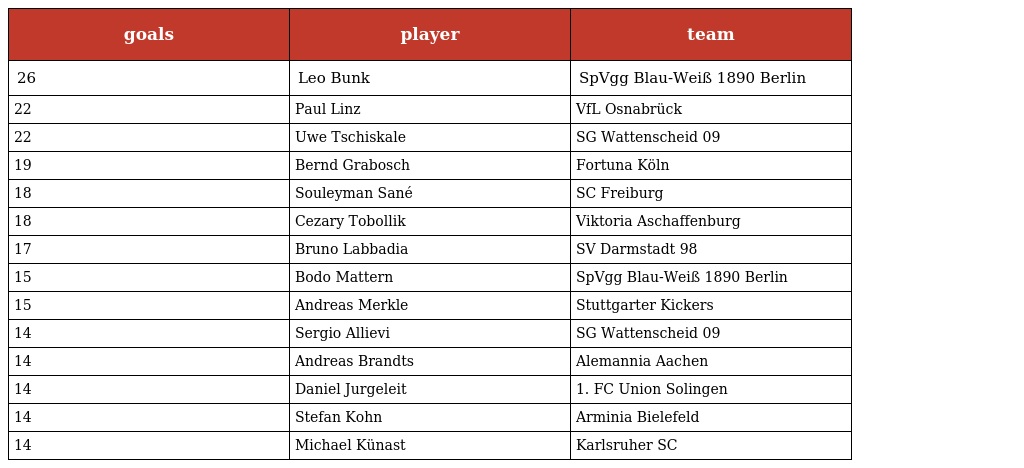
| goals | player | team |
 | --- | --- | --- |
 | 26 | Leo Bunk | SpVgg Blau-Weiß 1890 Berlin |
 | 22 | Paul Linz | VfL Osnabrück |
 | 22 | Uwe Tschiskale | SG Wattenscheid 09 |
 | 19 | Bernd Grabosch | Fortuna Köln |
 | 18 | Souleyman Sané | SC Freiburg |
 | 18 | Cezary Tobollik | Viktoria Aschaffenburg |
 | 17 | Bruno Labbadia | SV Darmstadt 98 |
 | 15 | Bodo Mattern | SpVgg Blau-Weiß 1890 Berlin |
 | 15 | Andreas Merkle | Stuttgarter Kickers |
 | 14 | Sergio Allievi | SG Wattenscheid 09 |
 | 14 | Andreas Brandts | Alemannia Aachen |
 | 14 | Daniel Jurgeleit | 1. FC Union Solingen |
 | 14 | Stefan Kohn | Arminia Bielefeld |
 | 14 | Michael Künast | Karlsruher SC |